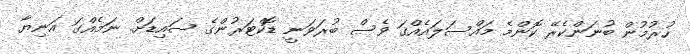
ހުރުމުން ބުނަންކެރޭ ކޮންމެ މައްސަލައެއްގަ ވެސް ބުރަވަނީ ޑޮކްޓަރުންގެ ސައިޑަށް. ނަމެއްގަ އަނިޔާ